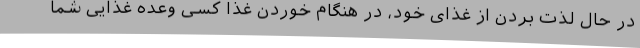
در حال لذت بردن از غذای خود، در هنگام خوردن غذا کسی وعده غذایی شما